Vaccination Hyderabad 1872-1889 - 1872-1889
Year: 1872
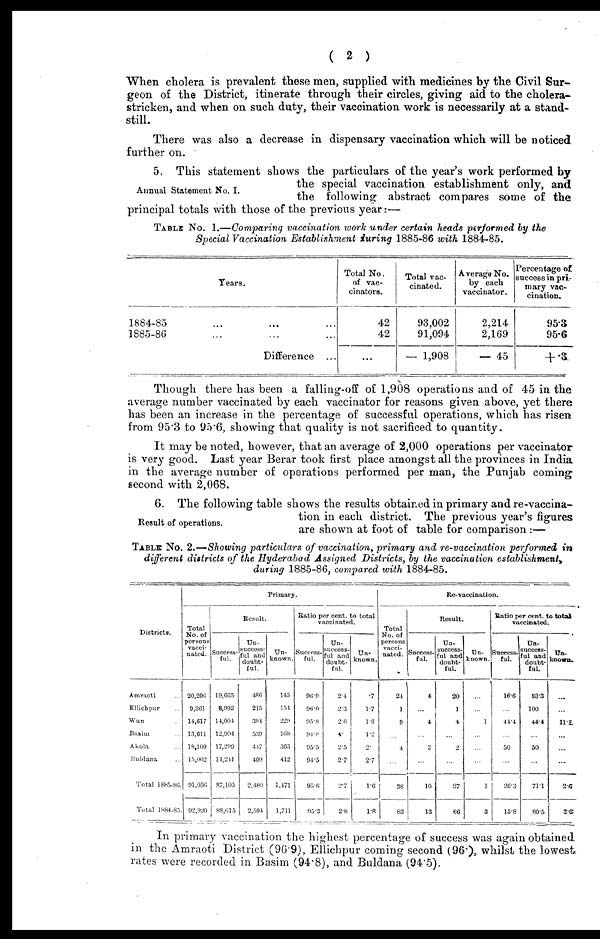
( 2 )
When cholera is prevalent these men, supplied with medicines by the Civil Sur-
geon of the District, itinerate through their circles, giving aid to the cholera-
stricken, and when on such duty, their vaccination work is necessarily at a stand-
still.
There was also a decrease in dispensary vaccination which will be noticed
further on.
Annual Statement No. I.
5. This statement shows the particulars of the year's work performed by
the special vaccination establishment only, and
the following abstract compares some of the
principal totals with those of the previous year:—
TABLE NO. 1.—Comparing vaccination work under certain heads performed by the
Special Vaccination Establishment during 1885-86 with 1884-85.
Years.
1884-85 ... ... ...
1885-86 ... ... ...
Difference ...
Total No.
of vac-
cinators.
42
42
...
Total vac-
cinated.
93,002
91,094
— 1,908
Average No.
by each
vaccinator.
2,214
2,169
— 45
Percentage of
success in pri-
mary vac-
cination.
95.3
95.6
+ .3
Though there has been a falling-off of 1,908 operations and of 45 in the
average number vaccinated by each vaccinator for reasons given above, yet there
has been an increase in the percentage of successful operations, which has risen
from 95.3 to 95.6, showing that quality is not sacrificed to quantity.
It may be noted, however, that an average of 2,000 operations per vaccinator
is very good. Last year Berar took first place amongst all the provinces in India
in the average number of operations performed per man, the Punjab coming
second with 2,068.
Result of operations.
6. The following table shows the results obtained in primary and re-vaccina-
tion in each district. The previous year's figures
are shown at foot of table for comparison:—
TABLE NO. 2.—Showing particulars of vaccination, primary and re-vaccination performed in
different districts of the Hyderabad Assigned Districts, by the vaccination establishment,
during 1885-86, compared with 1884-85.
Districts.
Amraoti ...
Ellichpur ...
Wun ...
Basim ...
Akola ...
Buldana ...
Total 1885-86.
Total 1884-85.
Primary.
Total
No. of
persons
vacci-
nated.
20,296
9,361
14,617
13,611
18,109
15,062
91,056
92,920
Result.
Success-
ful.
19,665
8,992
14,004
12,904
17,299
14,211
87,105
88,615
Un-
success-
ful and
doubt-
ful.
486
215
381
539
447
409
2,480
2,594
Un-
known.
145
151
229
168
363
412
1,471
1,711
Ratio per cent. to total
vaccinated.
Success-
ful.
96.9
96.0
95.8
94.8
95.5
94.5
95.6
95.3
Un-
success-
ful and
doubt-
ful.
2.4
2.3
2.6
4.
2.5
2.7
2.7
2.8
Un-
known.
.7
1.7
1.6
1.2
2.
2.7
1.6
1.8
Re-vaccination.
Total
No. of
persons
vacci-
nated.
24
1
9
...
4
...
38
82
Result.
success¬
ful.
4
...
4
...
2
...
10
13
Un-
success¬
ful and
doubt-
ful.
20
1
4
...
2
...
27
66
Un-
known.
...
...
1
...
...
...
1
3
Ratio per cent. to total
vaccinated.
Success-
ful.
16.6
...
44.4
...
50
...
26.3
15.8
Un-
success-
ful and
doubt-
ful.
83.3
100
44.4
...
50
...
71.1
80.5
Un-
known.
...
...
11.1
...
...
...
2.6
2.6
In primary vaccination the highest percentage of success was again obtained
in the Amraoti District (96.9), Ellichpur coming second (96.), whilst the lowest;
rates were recorded in Basim (94.8), and Buldana (94.5).